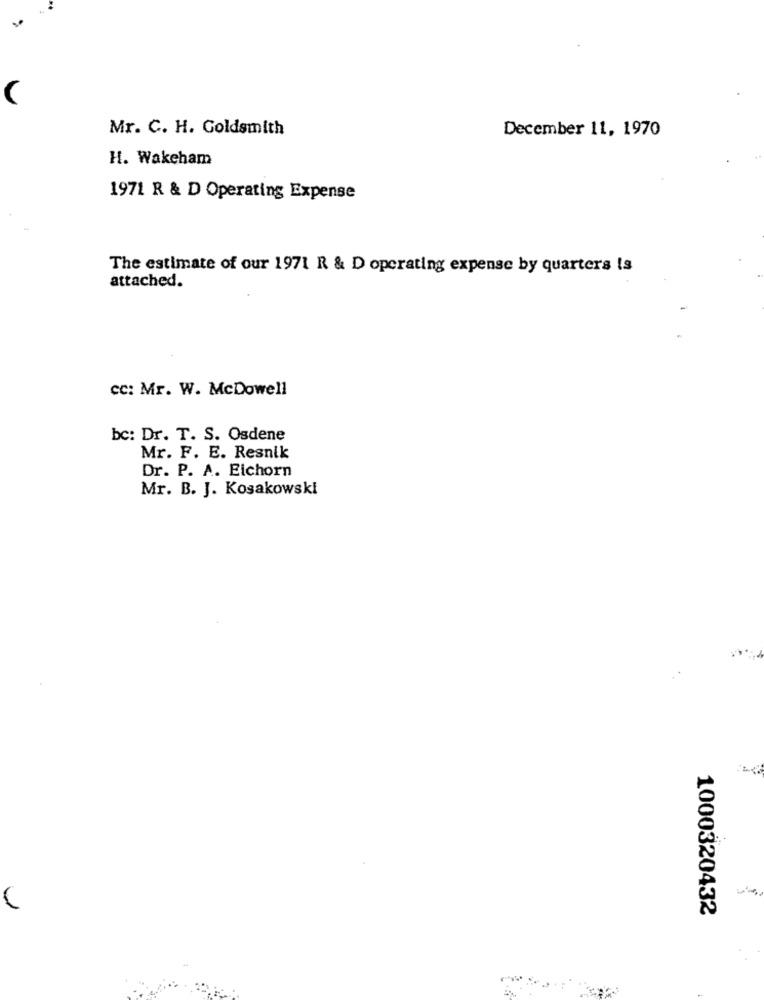
(
Mr. C. H. Goldsmith
December 11, 1970
H. Wakeham
1971 R & D Operating Expense
The estimate of our 1971 R & D operating expense by quarters is
attached.
cc: Mr. W. McDowell
bc: Dr. T. S. Osdene
Mr. F. E. Resnik
Dr. P. A. Eichorn
Mr. B. J. Kosakowski
1000320432